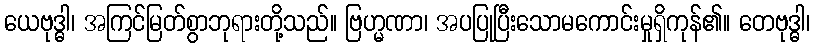
ယေဗုဒ္ဓါ၊ အကြင်မြတ်စွာဘုရားတို့သည်။ ဗြဟ္မဏာ၊ အပပြုပြီးသောမကောင်းမှုရှိကုန်၏။ တေဗုဒ္ဓါ၊